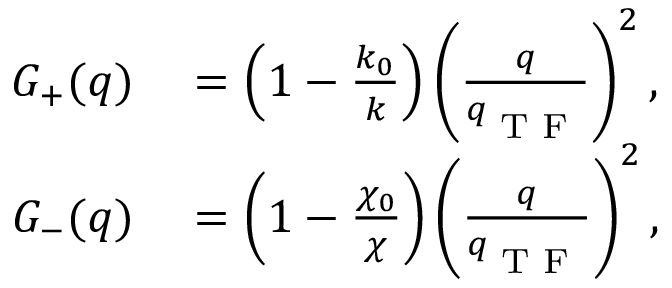
\begin{array} { r l } { G _ { + } ( q ) } & { { } = \left( 1 - \frac { k _ { 0 } } { k } \right) \left( \frac { q } { q _ { \textsubscript { T F } } } \right) ^ { 2 } , } \\ { G _ { - } ( q ) } & { { } = \left( 1 - \frac { \chi _ { 0 } } { \chi } \right) \left( \frac { q } { q _ { \textsubscript { T F } } } \right) ^ { 2 } , } \end{array}